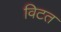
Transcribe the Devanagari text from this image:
विटत